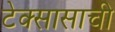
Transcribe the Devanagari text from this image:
टेक्सासाची